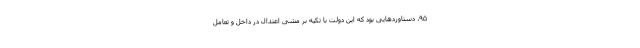
۹۵، دستاوردهایی بود که این دولت با تکیه بر مشی اعتدال در داخل و تعامل